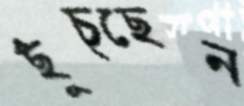
ছুঁচ্ছেন